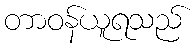
တာဝန်ယူရသည်